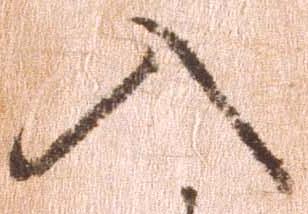
入